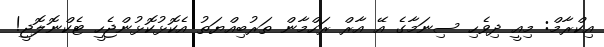
އިކްރާމް: މިއީ ދިވެހި ސިނަމާގެ އޭ އާރް ރަހްމާން ތަރުބިއްޔަތު އެކޮޅުކޮޅުންޖެހީ ޓެކްނޮލޮޖީ!